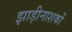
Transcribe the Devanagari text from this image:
झाड़ीनाशकों